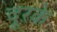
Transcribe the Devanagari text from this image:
दूरके